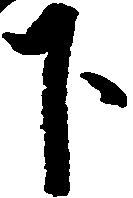
下